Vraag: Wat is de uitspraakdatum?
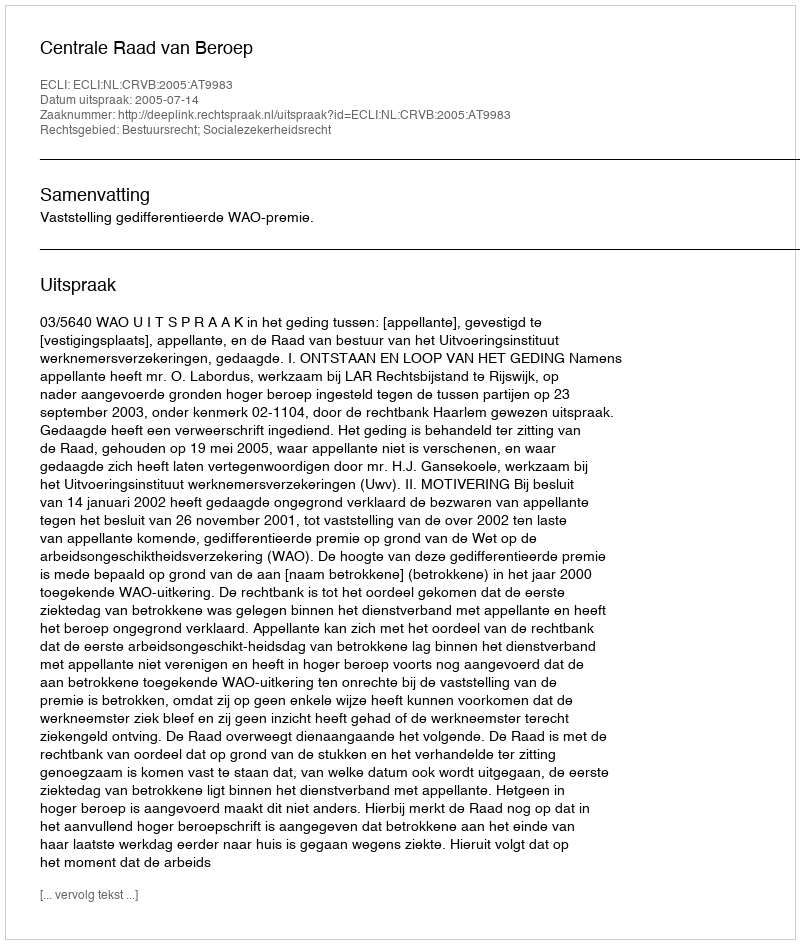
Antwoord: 2005-07-14